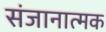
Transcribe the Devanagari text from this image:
संजानात्मक